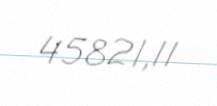
45821,11